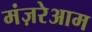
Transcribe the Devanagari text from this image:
मंज़रेआम